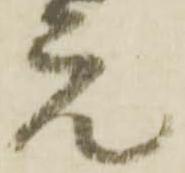
元